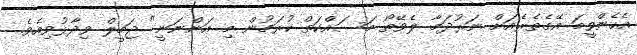
އެހެންވީމަ އޭގެތެރެއަށް ނަރުދަމާ ލެވޭތޯ މަސައްކަތް ކުރަމުން މި އަންނަނީ" ޖަމީލް ވިދާޅުވިއެވެ.